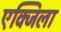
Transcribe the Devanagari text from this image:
एक्जिला